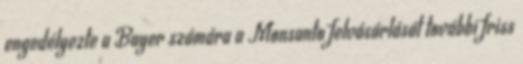
engedélyezte a Bayer számára a Monsanto felvásárlását további friss